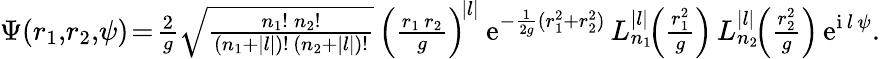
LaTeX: \Psi(r_{1},\! r_{2},\! \psi)\! =\! {\textstyle\frac{2}{g}\sqrt{\frac{n_{1}!\: n_{2}!}{(n_{1}+|l|)!\, (n_{2}+|l|)!}}}\, \left({\textstyle\frac{r_{1}\, r_{2}}{g}}\right)^{\! |l|}\: \mathrm{e}^{-\frac{1}{2g}(r_{1}^{2}+r_{2}^{2})}\, L_{n_{1}}^{|l|}\! \! \left({\textstyle\frac{r_{1}^{2}}{g}}\right)\, L_{n_{2}}^{|l|}\! \! \left({\textstyle\frac{r_{2}^{2}}{g}}\right)\, \mathrm{e}^{\mathrm{i}\, l\, \psi}.